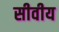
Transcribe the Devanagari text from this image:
सीवीय